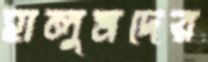
হালুমদের